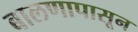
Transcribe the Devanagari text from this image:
बालणापासून